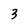
Character: 3